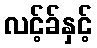
လင့်ခ်နှင့်